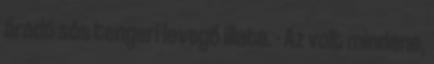
áradó sós tengeri levegő illata. - Az volt mindene,